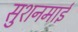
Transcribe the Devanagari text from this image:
सुशनमाई